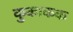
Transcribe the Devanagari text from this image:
कुकाकक